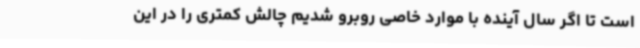
است تا اگر سال آینده با موارد خاصی روبرو شدیم چالش کمتری را در این